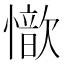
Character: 𢣇